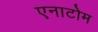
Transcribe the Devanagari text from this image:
एनाटोम